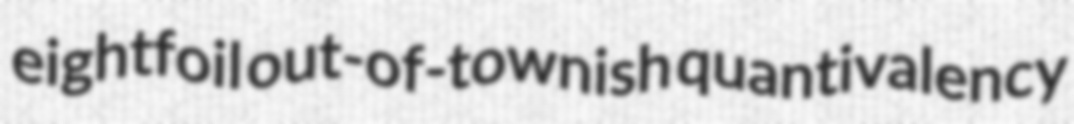
eightfoil out-of-townish quantivalency